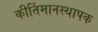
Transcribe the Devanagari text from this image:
कीर्तिमानस्थापक